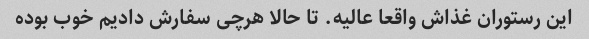
این رستوران غذاش واقعا عالیه. تا حالا هرچی سفارش دادیم خوب بوده